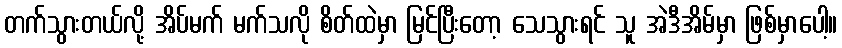
တက်သွားတယ်လို့ အိပ်မက် မက်သလို စိတ်ထဲမှာ မြင်ပြီးတော့ သေသွားရင် သူ အဲဒီအိမ်မှာ ဖြစ်မှာပေါ့။